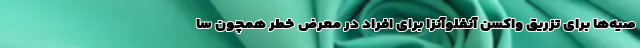
صیه‌ها برای تزریق واکسن آنفلوآنزا برای افراد در معرض خطر همچون سا